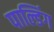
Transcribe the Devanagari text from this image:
पाल्डिंग